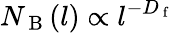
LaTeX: N_{\mathrm{~B~}}(l)\propto l^{-D_{\mathrm{~f~}}}